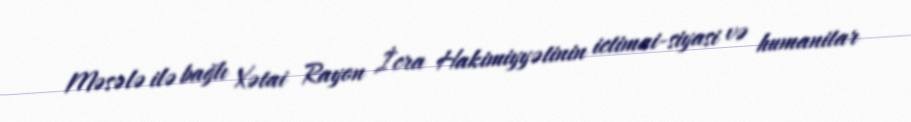
Məsələ ilə bağlı Xətai Rayon İcra Hakimiyyətinin ictimai-siyasi və humanitar